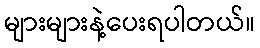
များများနဲ့ပေးရပါတယ်။